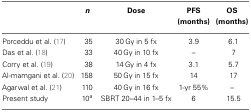
<table><thead><tr><td>[EMPTY_CELL]</td><td><b><i>n</i></b></td><td><b>Dose</b></td><td><b>PFS (months)</b></td><td><b>OS (months)</b></td></tr></thead><tbody><tr><td>Porceddu et al. (17)</td><td>35</td><td>30 Gy in 5 fx</td><td>3.9</td><td>6.1</td></tr><tr><td>Das et al. (18)</td><td>33</td><td>40 Gy in 10 fx</td><td>–</td><td>7</td></tr><tr><td>Corry et al. (19)</td><td>38</td><td>14 Gy in 4 fx</td><td>3.1</td><td>5.7</td></tr><tr><td>Al-mamgani et al. (20)</td><td>158</td><td>50 Gy in 15 fx</td><td>14</td><td>17</td></tr><tr><td>Agarwal et al. (21)</td><td>110</td><td>40 Gy in 16 fx</td><td>1-yr 55%</td><td>–</td></tr><tr><td>Present study</td><td>10<sup>a</sup></td><td>SBRT 20–44 in 1–5 fx</td><td>6</td><td>15.5</td></tr></tbody></table>